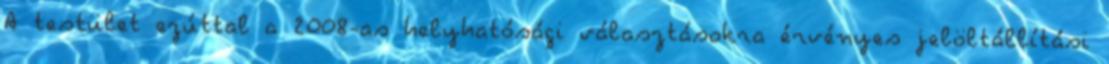
A testület ezúttal a 2008-as helyhatósági választásokra érvényes jelöltállítási